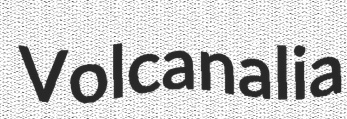
Volcanalia